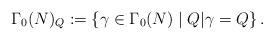
LaTeX: \begin{align*}\Gamma_0(N)_Q:=\left\{\gamma\in \Gamma_0(N)\mid Q|\gamma=Q\right\}.\end{align*}